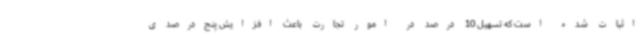
اثبات شده است که تسهیل 10 درصد در امور تجارت باعث افزایش پنج‌درصدی